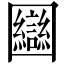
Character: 圝